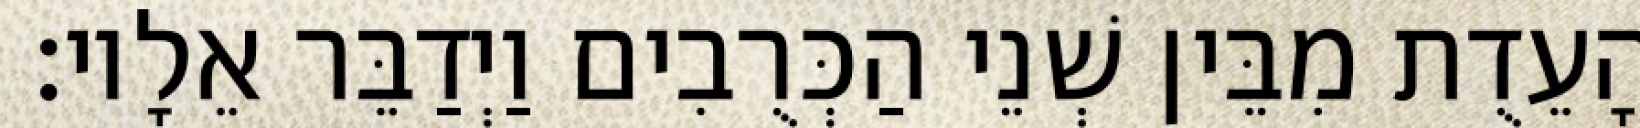
הָעֵדֻת מִבֵּין שְׁנֵי הַכְּרֻבִים וַיְדַבֵּר אֵלָיו׃